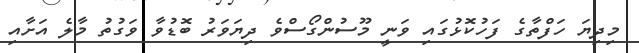
މިދިޔަ ހަފްތާގެ ފަހުކޮޅުގައި ވަނީ މޫސުންގޯސްވެ ދިޔަވަރު ބޮޑުވާ ވަގުތު މާލެ އަށާއި